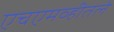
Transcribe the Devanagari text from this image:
एचएमव्हीतले